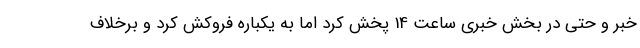
خبر و حتی در بخش خبری ساعت 14 پخش کرد اما به یکباره فروکش کرد و برخلاف